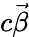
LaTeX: c\vec{\beta}